Source: Handwritten
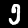
Digit: ၅ (5)